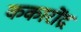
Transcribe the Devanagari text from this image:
ककारोंद्र